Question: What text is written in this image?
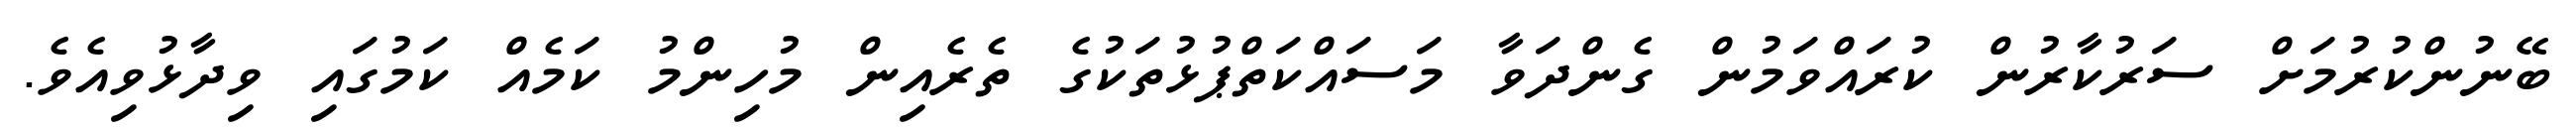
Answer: ބޭނުންކުރުމަށް ސަރުކާރުން ކުރައްވަމުން ގެންދަވާ މަސައްކަތްޕުޅުތަކުގެ ތެރެއިން މުހިންމު ކަމެއް ކަމުގައި ވިދާޅުވިއެވެ.